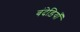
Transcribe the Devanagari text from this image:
बंदेड़ियाँ